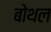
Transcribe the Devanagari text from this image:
बोथल